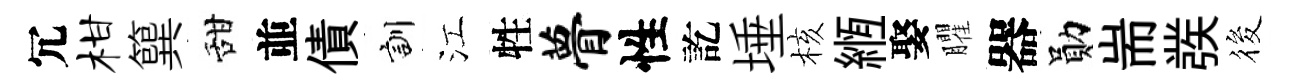
冗柑簨甜並債訓江牲瞢性訖埵核縆娶臞器勛耑彂筱